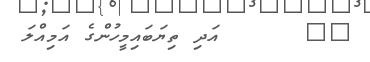
٢١      އަދި ތިޔަބައިމީހުންގެ އަމިއްލަ